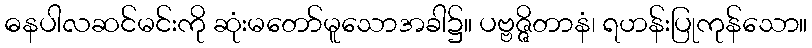
ဓနပါလဆင်မင်းကို ဆုံးမတော်မူသောအခါ၌။ ပဗ္ဗဇ္ဇိတာနံ၊ ရဟန်းပြုကုန်သော။